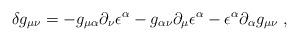
LaTeX: \begin{align*}\delta g_{\mu\nu}=-g_{\mu\alpha}\partial_{\nu}\epsilon^{\alpha}-g_{\alpha\nu}\partial_{\mu}\epsilon^{\alpha}-\epsilon^{\alpha}\partial_{\alpha}g_{\mu\nu}\ ,\end{align*}